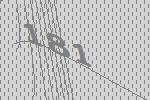
181